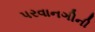
પરવાનગીની